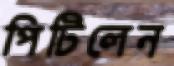
পিটিলেন